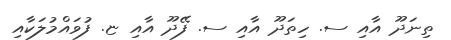
ތިނަދޫ އާއި ސ. ހިތަދޫ އާއި ސ. ފޭދޫ އާއި ޏ. ފުވައްމުލަކާއި